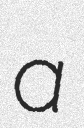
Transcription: a